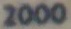
2000